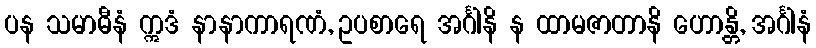
ပန သမာဓီနံ ဣဒံ နာနာကာရဏံ, ဥပစာရေ အင်္ဂါနိ န ထာမဇာတာနိ ဟောန္တိ, အင်္ဂါနံ